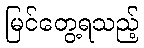
မြင်တွေ့ရသည့်